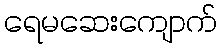
ရေမဆေးကျောက်